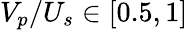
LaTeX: V_{p}/U_{s}\in[0.5,1]